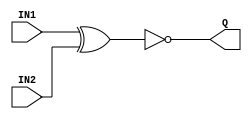
`timescale 1ns/1ps
`celldefine
module XNOR2X2 (IN1, IN2, Q);
input IN1;
input IN2;
output Q;

xnor U0 (Q, IN1, IN2);

specify
specparam
tdelay_IN1_Q_01_0=0.01,
tdelay_IN1_Q_10_0=0.01,
tdelay_IN2_Q_01_0=0.01,
tdelay_IN2_Q_10_0=0.01;

(IN1 => Q)=(tdelay_IN1_Q_01_0, tdelay_IN1_Q_10_0);
(IN2 => Q)=(tdelay_IN2_Q_01_0, tdelay_IN2_Q_10_0);
endspecify
endmodule
`endcelldefine